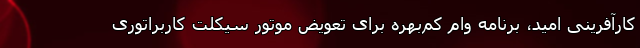
کارآفرینی امید، برنامه وام کم‌بهره برای تعویض موتور سیکلت کاربراتوری